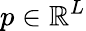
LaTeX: p\in\mathbb{R}^{L}